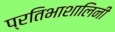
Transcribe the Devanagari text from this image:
प्रतिभाशालिनी